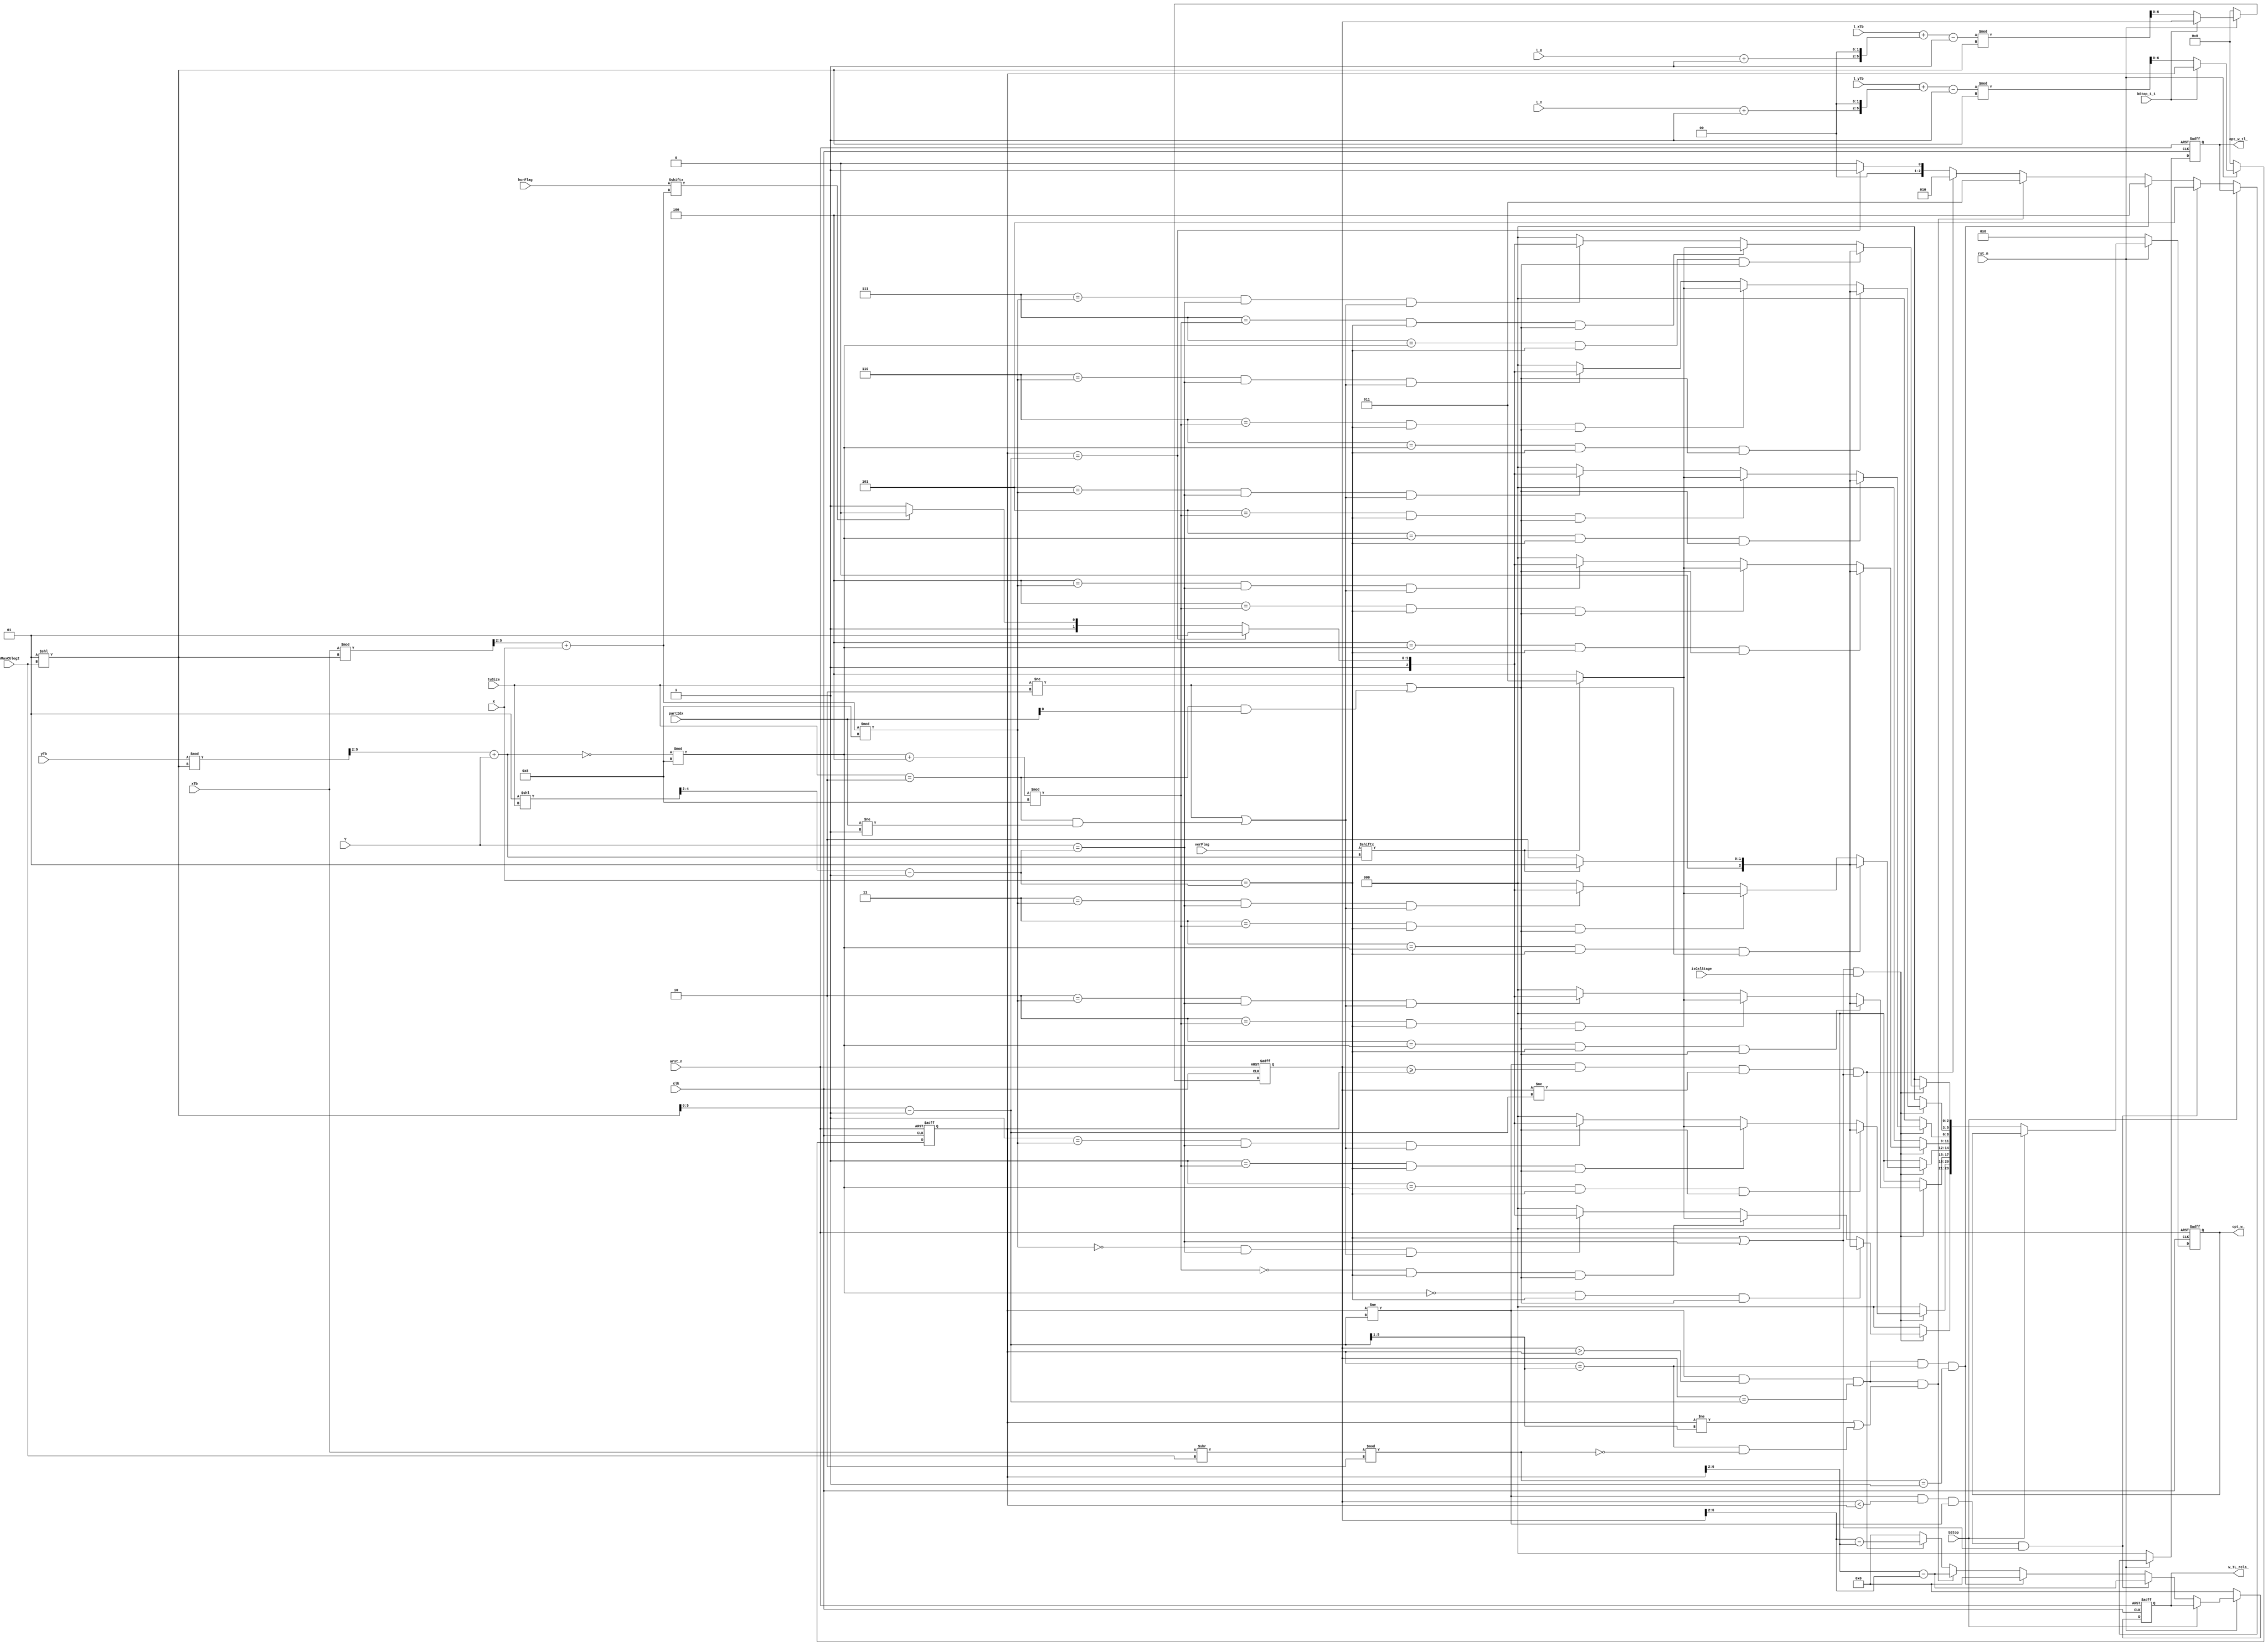
`timescale 1ns/1ps
module intra_util_w(
	clk,
	rst_n,
	arst_n,
	bStop
	,bStop_1_1
	,xTb
	,yTb
	,l_xTb
	,l_yTb
	,X
	,Y
	,l_X
	,l_Y
	,tuSize
	,partIdx
	,nMaxCUlog2
	,verFlag
	,horFlag
	,isCalStage
	,opt_w_tl_
	,opt_w_
	,w_TL_rela_
);


	
	input 								clk,rst_n,arst_n,bStop,bStop_1_1;
	input [12:0]						xTb,l_xTb;
	input [12:0]						yTb,l_yTb;
	input [2:0]							X,Y,l_X,l_Y;
	input [2:0] 						tuSize;

	input [1:0]							partIdx;
	input [2:0]							nMaxCUlog2;
	input [15:0]						verFlag,horFlag;
	input								isCalStage;

	reg	[13:0]							xTbPlusXmin1;
	reg	[12:0]							yTbPlusXmin1;

	reg [3:0] 							x_4inMaxCb,y_4inMaxCb; 

	reg [6:0] 							nPB,nMaxCb;
	reg [2:0] 							nPBsf2m1;
	reg [6:0]							y_bar,x_bar;
	reg [5:0] 							Xplus1sf2,Yplus1sf2;
	reg	[5:0]	  						nMaxCbm1;
	
	reg	[2:0]							opt_w_tl;
	output reg	[2:0]					opt_w_tl_;
	reg [2:0]							opt_w[7:0];
	output reg [3*8-1:0]				opt_w_;
	output reg [4:0]					w_TL_rela_;
	reg signed [4:0] 					w_TL_rela;
	
	always @ (posedge clk or negedge arst_n) begin
		if(!arst_n) 
			{opt_w_tl_,opt_w_,w_TL_rela_,x_bar,y_bar} <= 0;
		else if(!rst_n)
			{opt_w_tl_,opt_w_,w_TL_rela_,x_bar,y_bar} <= 0;
		else begin
			if(!bStop) 
				{opt_w_tl_,opt_w_,w_TL_rela_} <= {opt_w_tl,opt_w[0],opt_w[1],opt_w[2],opt_w[3],opt_w[4],opt_w[5],opt_w[6],opt_w[7],w_TL_rela};
			if(!bStop_1_1) begin
				{x_bar} <= (xTbPlusXmin1%nMaxCb);
				{y_bar} <= (yTbPlusXmin1%nMaxCb);
			end
		end
	
	end
	
	always @(*)	begin
		
		Xplus1sf2 = (l_X+1)<<2;
		Yplus1sf2 = (l_Y+1)<<2;
		
		xTbPlusXmin1 = l_xTb+Xplus1sf2-1;
		yTbPlusXmin1 = l_yTb+Yplus1sf2-1;
		
	/*	Xplus1sf2 = (X+1)<<2;
		Yplus1sf2 = (Y+1)<<2;
		xTbPlusXmin1 = xTb+Xplus1sf2-1;
		yTbPlusXmin1 = yTb+Yplus1sf2-1;
	*/	
		nMaxCb = (1<<nMaxCUlog2);
		nMaxCbm1 = nMaxCb-1;
		nPB = 1<<tuSize;
		x_4inMaxCb = (xTb%nMaxCb>>2)+X;
		y_4inMaxCb = (yTb%nMaxCb>>2)+Y;
		nPBsf2m1 = (nPB>>2)-1;
		
	/*	
		x_bar = xTbPlusXmin1%nMaxCb;
		y_bar = yTbPlusXmin1%nMaxCb;
*/

	end


	always @(*) begin

		opt_w_tl = 0;
		w_TL_rela = 0;
		if( y_bar==nMaxCbm1) begin				//last row in CTU,  write to  TL_a zone
			opt_w_tl = 1;
			w_TL_rela = 0;
		end
		if (y_bar!=nMaxCbm1 && x_bar >= y_bar && x_bar!=nMaxCbm1 && (X == nPBsf2m1 || Y == nPBsf2m1))	begin 		//in the top-right zone, and not the rightmost col.,  write to TL_b zone			
			opt_w_tl = 2;
			w_TL_rela = ((x_bar>>2)-(y_bar>>2));
			end
		if( y_bar!=nMaxCbm1 && x_bar > y_bar && x_bar==nMaxCbm1 && (y_bar!=(nMaxCbm1>>1) || (y_bar==(nMaxCbm1>>1) &&(xTb>>nMaxCUlog2)%2==0)) )	begin	//TL_c zone    xTb[nMaxCUlog2]==0 <==> (xTb>>nMaxCUlog2)[0]==0      C_n- = 16-(x-y)/4
			opt_w_tl = 3;
			w_TL_rela = ((y_bar>>2)-(x_bar>>2));
			end
		if (y_bar!=nMaxCbm1 && x_bar > y_bar && x_bar==nMaxCbm1 && y_bar==(nMaxCbm1>>1) && (xTb>>nMaxCUlog2)%2==1)	begin			//TL_c_odd zone 
			opt_w_tl = 4;
			w_TL_rela = 0;
			end
		if ( y_bar!=nMaxCbm1 && x_bar < y_bar && y_bar!=nMaxCbm1 && (X == nPBsf2m1 || Y == nPBsf2m1))	begin				//TL_d zone 		D_n = ((Y-X)>>2)-1 + 2072 
			opt_w_tl = 5;
			w_TL_rela = ((y_bar>>2)-(x_bar>>2));
		end
	
	end
	/* write to SRAM TL     --------> */

	/*<--------  write to SRAM 0 to 7*/
	generate
		genvar t;
		for(t=0;t<8; t=t+1)begin		:xt
			always @(*) begin
				// Can not be written in this way.
				 if(( X == nPBsf2m1 || Y == nPBsf2m1) && isCalStage ) begin			//opt##: if( ((X+1)<<2) == (1<<tuSize) || (Y+1)<<2) == (1<<tuSize) )
					  if(t == (~y_4inMaxCb)%8  && X == nPBsf2m1 &&  (tuSize!=2 || (tuSize==2 && partIdx[0]==1)))
							begin																									// write zone b or d or  b', d'			
								if((verFlag[y_4inMaxCb]==1))	begin
									opt_w[t] = 1;							
								end
								else	begin
									opt_w[t] = 2;							
								end
						end
					 else if(t== ((~y_4inMaxCb)%8+4)%8 && (X == nPBsf2m1) && (tuSize!=2 || (tuSize==2 && partIdx[0]==1)))
							begin
								if((verFlag[y_4inMaxCb]==1))	
									opt_w[t] = 3;						
								else	
									opt_w[t] = 4;								
							end
					else if(t == x_4inMaxCb%8 && Y == nPBsf2m1 && (tuSize!=2 ||  (tuSize==2  && partIdx!=1))) 
						begin
					// write zone a or c  or e		
							if(y_bar==nMaxCbm1)			//write zone a
								opt_w[t] = 5;							
							else begin 
								if(horFlag[x_4inMaxCb]==1)	
									opt_w[t] = 6;									
								else
									opt_w[t] = 7;				
							end
					end
					else 
						opt_w[t] = 0;
				end	
				else
					opt_w[t] = 0;
					
			end
		end
	endgenerate
	/* write to SRAM 0 to 7     --------> */
	
endmodule